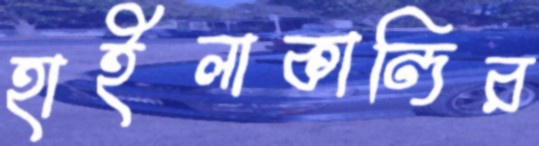
হাইলাকান্দির